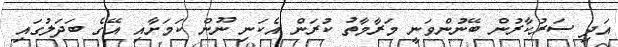
އަދި ސަރުކާރުން ބޭނުންވަނީ މަރާމާތު ކުރަން އެކަނި ނޫން ކަމަށާއި އޭގެ ބަދަލުގައި